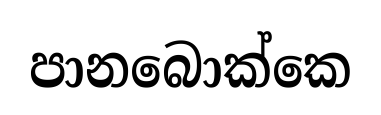
පානබොක්කෙ